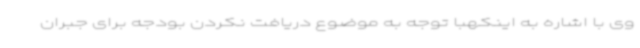
وی با اشاره به اینکهبا توجه به موضوع دریافت نکردن بودجه برای جبران